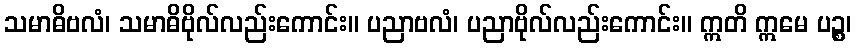
သမာဓိဗလံ၊ သမာဓိဗိုလ်လည်းကောင်း။ ပညာဗလံ၊ ပညာဗိုလ်လည်းကောင်း။ ဣတိ ဣမေ ပဉ္စ၊